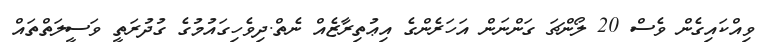
ވިއްކައިގެން ވެސް 20 ލޯންޗަ ގަންނަން އަހަރެންގެ އިޢުތިރާޒެއް ނެތް.ދިވެހިގައުމުގެ ގުދުރަތީ ވަސީލަތްތައް